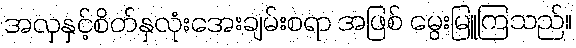
အလှနှင့်စိတ်နှလုံးအေးချမ်းစရာ အဖြစ် မွေးမြူကြသည်။